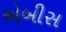
એબીસ